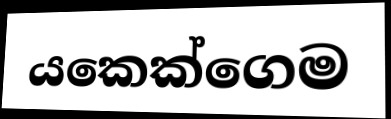
යකෙක්ගෙම